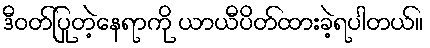
ဒီဝတ်ပြုတဲ့နေရာကို ယာယီပိတ်ထားခဲ့ရပါတယ်။